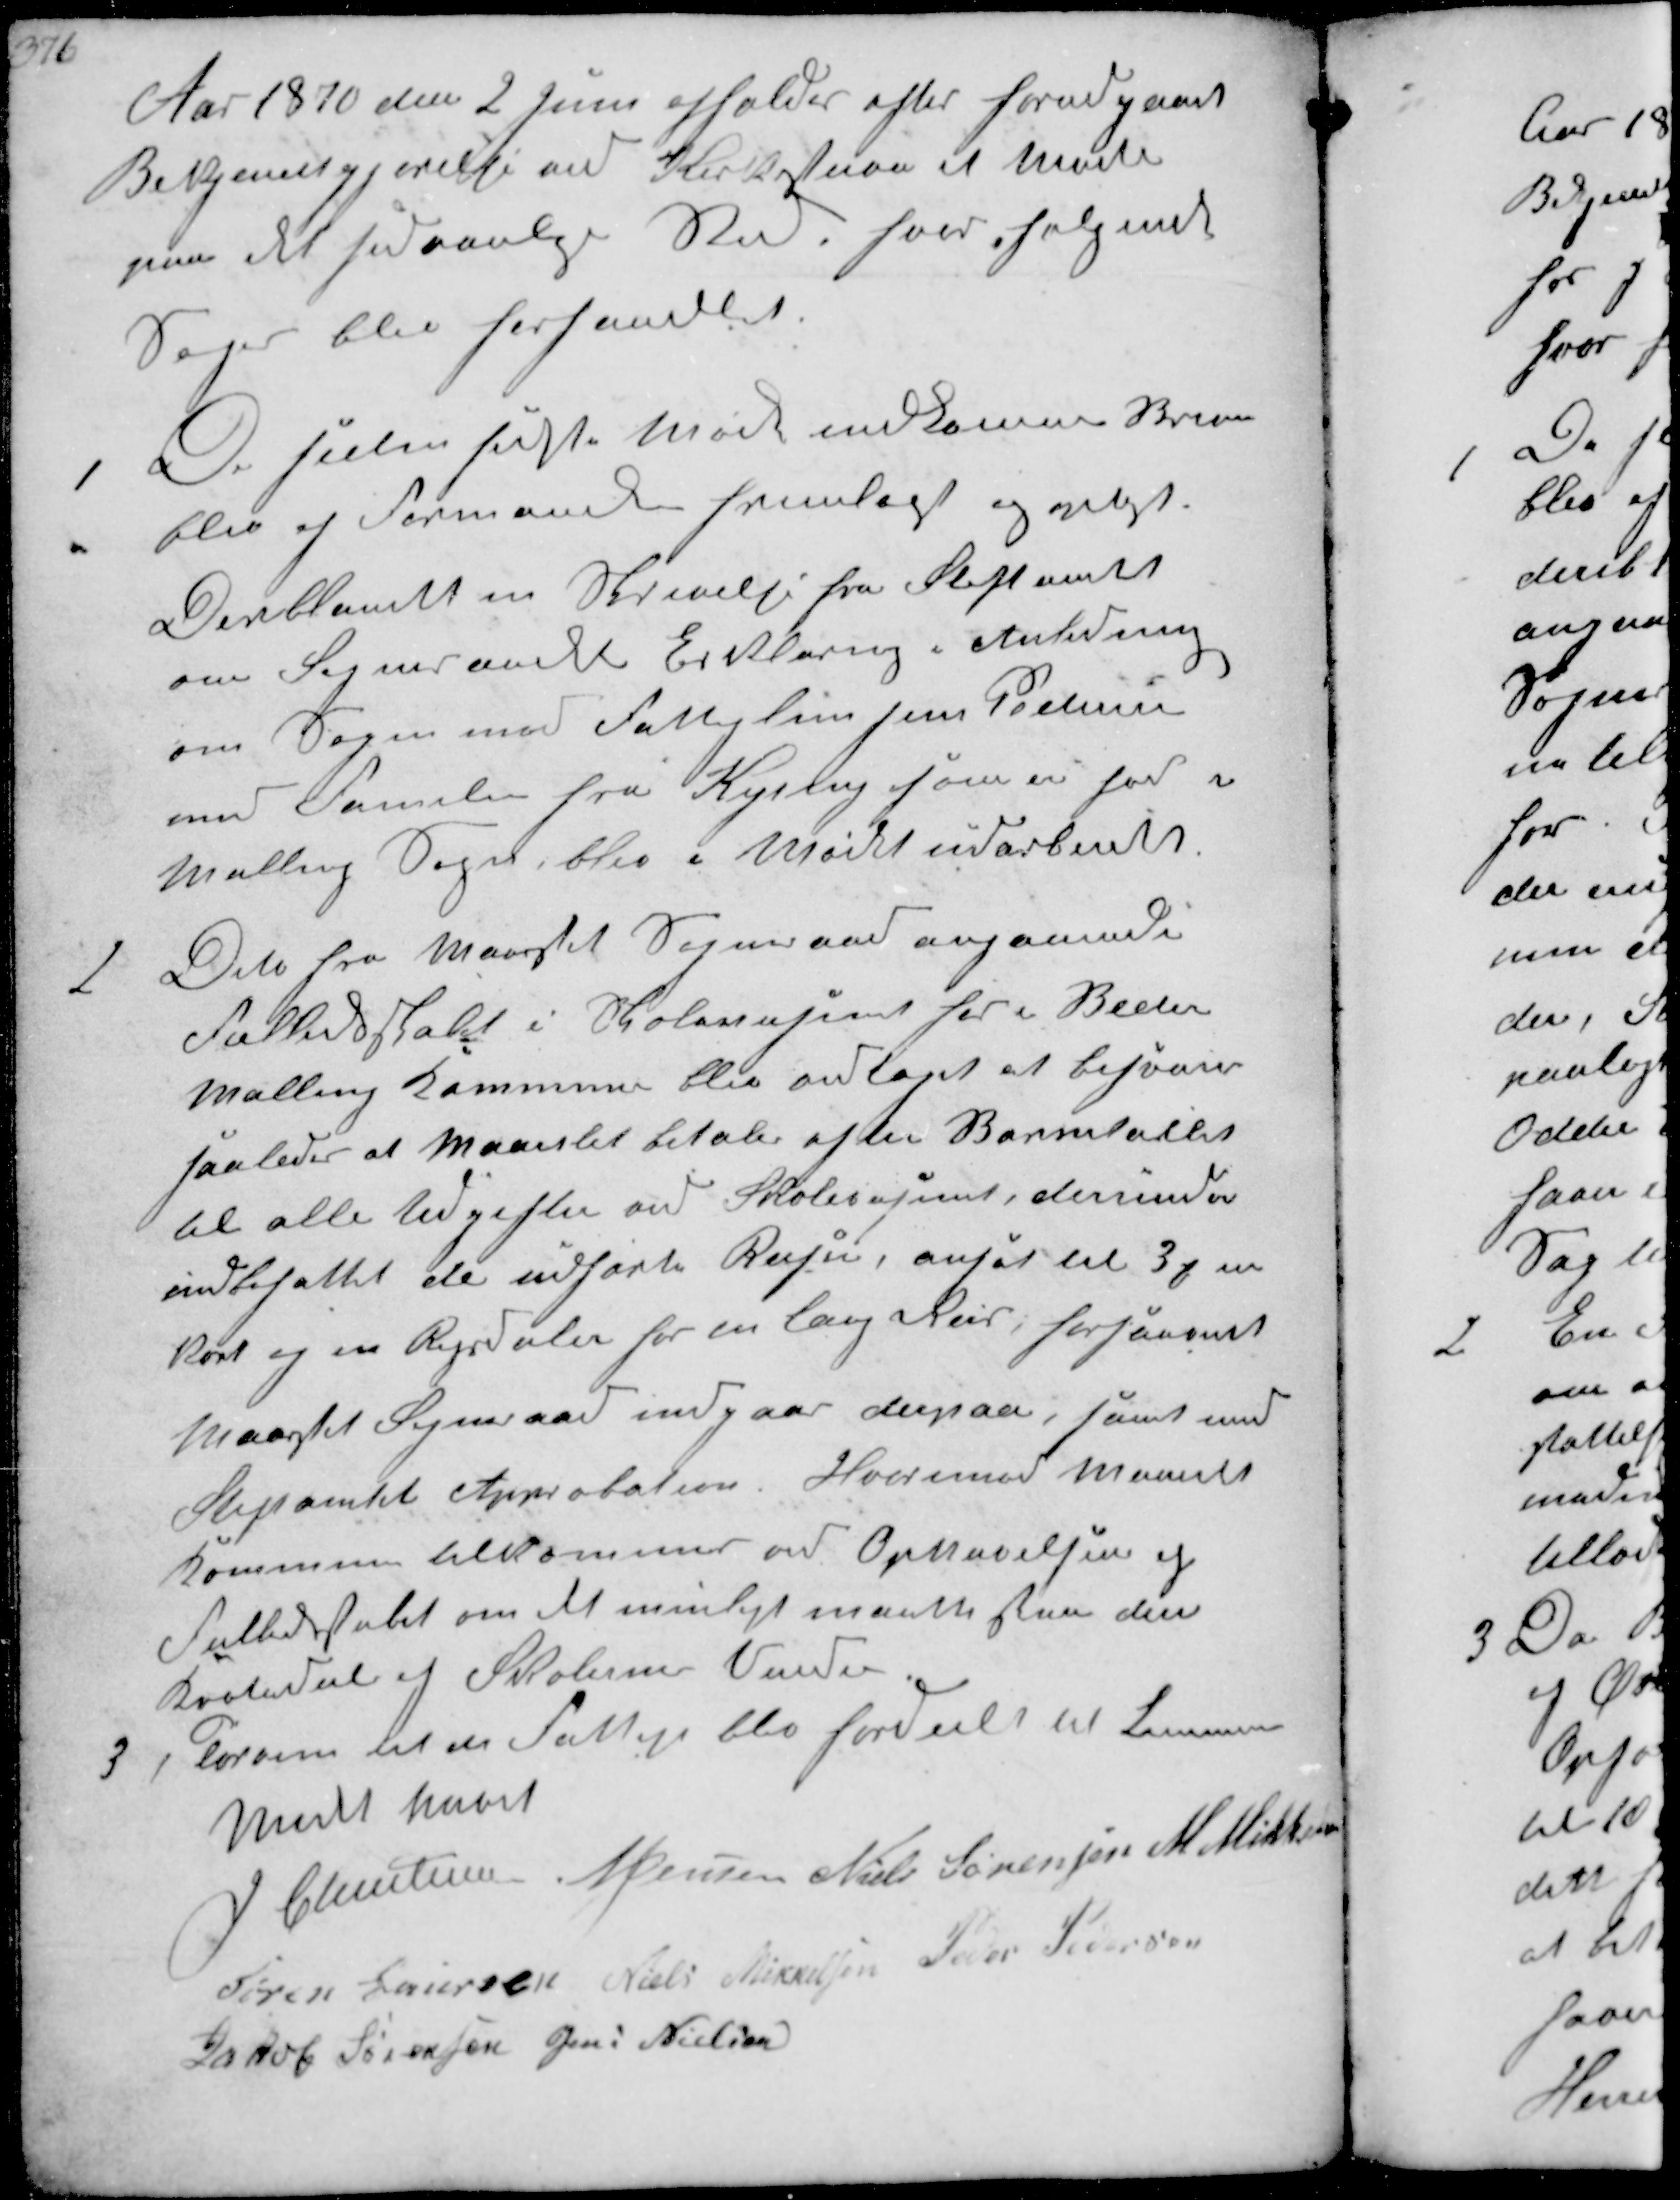
Transskription:
Aar 1870 den 2 Juni afholdes efter forudgaaet
Bekjendtgjørelse ved Kirkestævne et Møde
paa det sædvanlige Sted, hvor følgende
Sager blev forhandlet.

1
De siden sidste Møde indkomne Breve
blev af Formanden fremlagt og oplæst
Deriblandt en Skrivelse fra Stiftamtet
om Sogneraadets Erklæring i Anledning
om Sagen med Fattiglem Jens Pedersen
med Familie fra Kysing som er her i
Malling Sogn, blev i Mødet udarbejdet

2
Dito fra Maarslet Sogneraad angaaende
Fællesskabet i Skolevæsenet her i Beder
Malling Kommune blev antaget at besvare
saaledes at Maarslet betaler efter Børnetallet
til alle Udgifter ved Skolevæsenet, derunder
indbefattet de udførteRejser ansat til 3 s en
Kort og en Rigsdaler for en lang Rejse, forsaavidt
Maarslet Sogneraad indgaar derpaa, samt med
Stiftamtets Approbation. Hvorimod Maarslet
Kommune tilkommer ved Ophævelsen af
Fælledskabet om det muligt maatte staa den
Brøkdel af Skolernes Værdi

3
Tørvene til de Fattige blev fordelt til Samme
Mødet hævet
J Christensen N Jensen Niels Sørensen M Mikkelsen
Søren Laursen Niels Mikkelsen Peder Pedersen
Jakob Sørensen Jens Nielsen